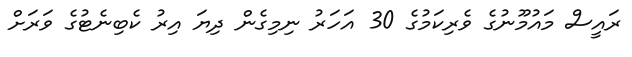
ރައީސް މައުމޫނުގެ ވެރިކަމުގެ 30 އަހަރު ނިމިގެން ދިޔަ އިރު ކެބިނެޓުގެ ވަރަށް